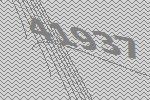
41937